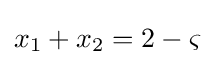
x_{1}+x_{2}=2-\varsigma \;